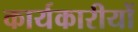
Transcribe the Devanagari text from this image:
कार्यकारीयों